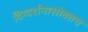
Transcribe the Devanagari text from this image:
दिग्दर्शनासोबतच